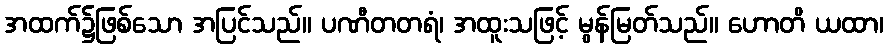
အထက်၌ဖြစ်သော အပြင်သည်။ ပဏီတတရံ၊ အထူးသဖြင့် မွန်မြတ်သည်။ ဟောတိ ယထာ၊